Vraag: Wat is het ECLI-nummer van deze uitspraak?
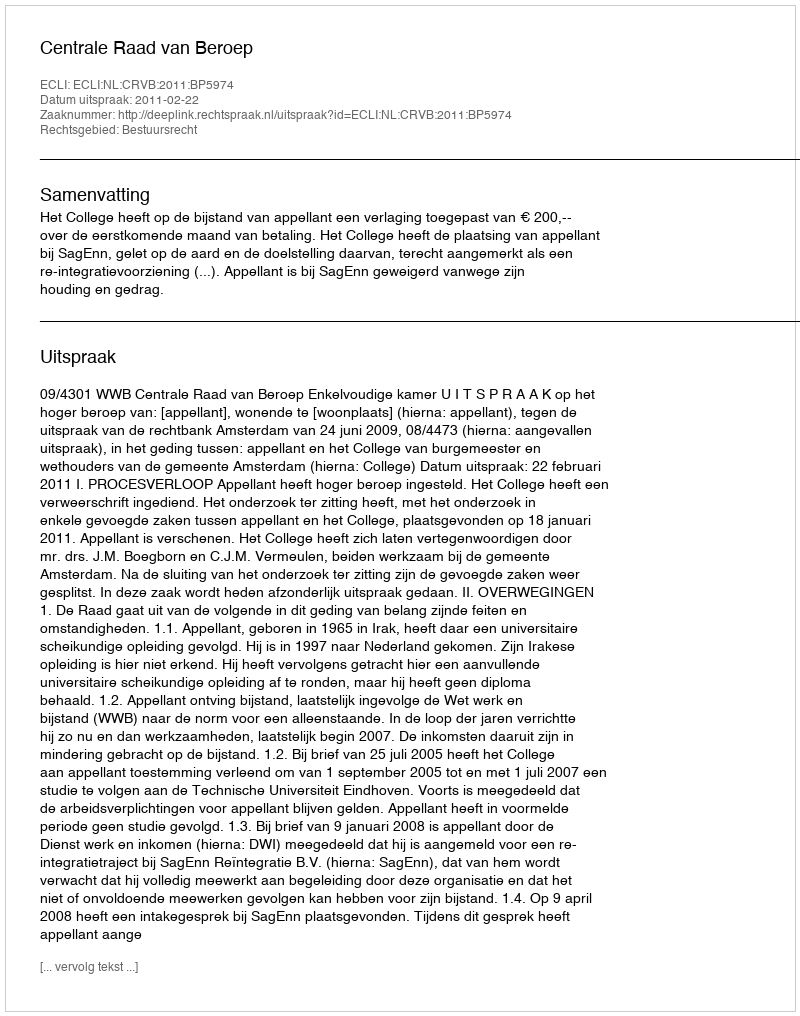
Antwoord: ECLI:NL:CRVB:2011:BP5974